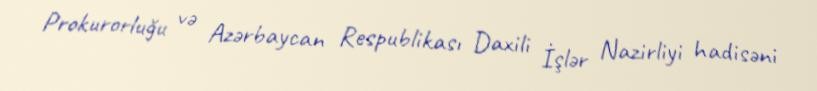
Prokurorluğu və Azərbaycan Respublikası Daxili İşlər Nazirliyi hadisəni